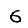
Digit: 6